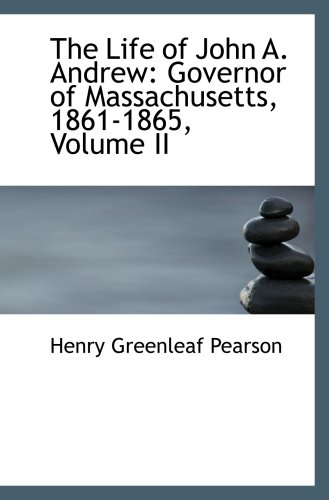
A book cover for The Life of John A. Andrew: Governor of Massachusetts, 1861-1865, Volume II; Henry Greenleaf Pearson; Biographies & Memoirs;